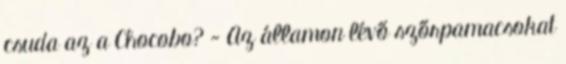
csuda az a Chocobo? - Az államon lévő szőrpamacsokat